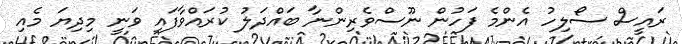
ރައީސް ސޯލިހު އެންމެ ފަހުން ނޫސްވެރިންނާ ބައްދަލު ކުރައްވާފައި ވަނީ މިދިޔަ މެއި